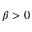
\beta > 0